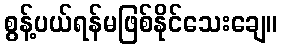
စွန့်ပယ်ရန်မဖြစ်နိုင်သေးချေ။